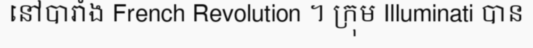
នៅបារាំង French Revolution ។ ក្រុម Illuminati បាន